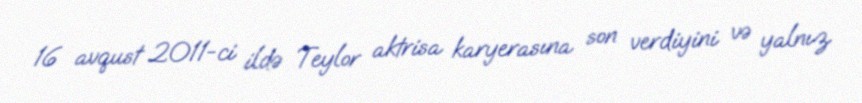
16 avqust 2011-ci ildə Teylor aktrisa karyerasına son verdiyini və yalnız